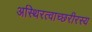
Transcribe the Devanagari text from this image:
अस्थिरत्वाच्छरीरस्य